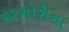
કરચોરીના